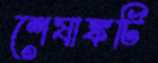
শেষাঙ্কটি